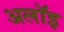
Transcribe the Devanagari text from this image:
अलॉइ